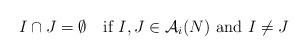
LaTeX: \begin{align*}I\cap J=\emptyset \,\,\,\,\,\,\mbox{if}\,\,I,J\in \mathcal{A}_i(N)\,\,\mbox{and}\,\, I\neq J\end{align*}